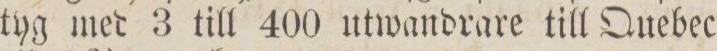
tyg med 3 till 400 utwandrare till Quebec